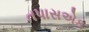
તપાસએક